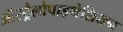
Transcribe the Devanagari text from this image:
ऑस्ट्रैलोपाइथेशियन